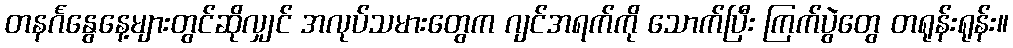
တနင်္ဂနွေနေ့များတွင်ဆိုလျှင် အလုပ်သမားတွေက ဂျင်အရက်ကို သောက်ပြီး ကြက်ပွဲတွေ တရုန်းရုန်း။